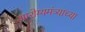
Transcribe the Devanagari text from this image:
आरोग्यमंत्र्याच्या